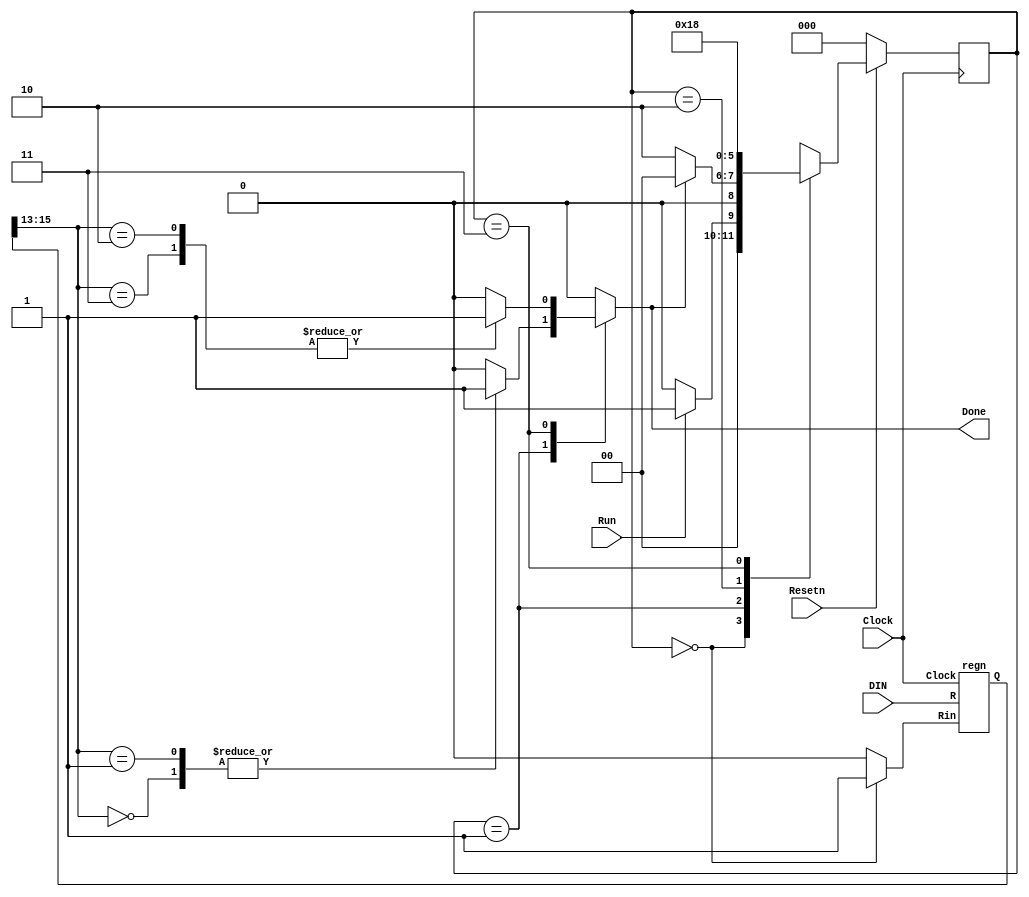
// This code is mostly complete. You need to just fill in the lines where it says 
// "... your code goes here"
module proc(DIN, Resetn, Clock, Run, Done);
    input [15:0] DIN;
    input Resetn, Clock, Run;
    output Done;

    reg [15:0] BusWires;
    reg [3:0] Sel; // BusWires selector
    reg [0:7] Rin;
    reg [15:0] Sum;
    reg IRin, Done, Ain, Gin, AddSub;
    reg [2:0] Tstep_Q, Tstep_D;
    wire [2:0] III, rX, rY; // instruction opcode and register operands
    wire [0:7] Xreg;
    wire [15:0] R0, R1, R2, R3, R4, R5, R6, R7, A;
    wire [15:0] G;
    wire [15:0] IR;
    wire IMM;
    
    assign III = IR[15:13];
    assign IMM = IR[12];
    assign rX = IR[11:9];
    assign rY = IR[2:0];
    dec3to8 decX (rX, Xreg);

    parameter T0 = 3'b000, T1 = 3'b001, T2 = 3'b010, T3 = 3'b011;

    // Control FSM state table
    always @(Tstep_Q, Run, Done)
        case (Tstep_Q)
            T0: // data is loaded into IR in this time step
                if (~Run) Tstep_D = T0;
                else Tstep_D = T1;
            T1: // some instructions end after this time step
                if (Done) Tstep_D = T0;
                else Tstep_D = T2;
            T2: // always go to T3 after this
                Tstep_D = T3;
            T3: // instructions end after this time step
                Tstep_D = T0;
            default: Tstep_D = 3'bxxx;
        endcase

    /* OPCODE format: III M XXX DDDDDDDDD, where 
    *     III = instruction, M = Immediate, XXX = rX. 
    *     If M = 0, DDDDDDDDD = 000000YYY = rY
    *     If M = 1, DDDDDDDDD = #D is the immediate operand 
    *
    *  III M  Instruction   Description
    *  --- -  -----------   -----------
    *  000 0: mv   rX,rY    rX <- rY
    *  000 1: mv   rX,#D    rX <- D (0 extended)
    *  001 1: mvt  rX,#D    rX <- D << 8
    *  010 0: add  rX,rY    rX <- rX + rY
    *  010 1: add  rX,#D    rX <- rX + D
    *  011 0: sub  rX,rY    rX <- rX - rY
    *  011 1: sub  rX,#D    rX <- rX - D */
    parameter mv = 3'b000, mvt = 3'b001, add = 3'b010, sub = 3'b011;
    // selectors for the BusWires multiplexer
    parameter Sel_R0 = 4'b0000, Sel_R1 = 4'b0001, Sel_R2 = 4'b0010, Sel_R3 = 4'b0011,
        Sel_R4 = 4'b0100, Sel_R5 = 4'b0101, Sel_R6 = 4'b0110, Sel_R7 = 4'b0111, Sel_G = 4'b1000,
        Sel_D /* immediate data */ = 4'b1001, Sel_D8 /* immediate data << 8 */ = 4'b1010;
    
    // Control FSM outputs
    always @(*) begin
        // default values for control signals
        Done = 1'b0; Ain = 1'b0; Gin = 1'b0; AddSub = 1'b0; IRin = 1'b0; Rin = 8'b0;
        // Sel = 4'bxxxx;
        case (Tstep_Q)
            T0: // store instruction on DIN in IR 
                IRin = 1'b1;
            T1: // define signals in T1
                case (III)
                    mv: begin
                        if (!IMM) Sel = rY;
                        else Sel = Sel_D;
                        Rin = Xreg;
                        Done = 1;
                    end
                    mvt: begin
                        Sel = Sel_D8;
                        Rin = Xreg;
                        Done = 1;
                    end
                    add, sub: begin
                        Sel = rX;
                        Ain = 1;
                        Done = 0;
                    end
                    default: ;
                endcase
            T2: // define signals T2
                case (III)
                    add: begin
                        if (!IMM) Sel = rY;
                        else Sel = Sel_D;
                        AddSub = 0;
                        Gin = 1;
                        Done = 0;
                    end
                    sub: begin
                        if (!IMM) Sel = rY;
                        else Sel = Sel_D;
                        AddSub = 1;
                        Gin = 1;
                        Done = 0;
                    end
                    default: ; 
                endcase
            T3: // define T3
                case (III)
                    add, sub: begin
                        Sel = Sel_G;
                        Rin = Xreg;
                        Done = 1;
                    end
                    default: ;
                endcase
            default: ;
        endcase
    end
   
    // Control FSM flip-flops
    always @(posedge Clock)
        if (!Resetn)
            Tstep_Q <= T0;
        else
            Tstep_Q <= Tstep_D;
   
    regn reg_0 (BusWires, Rin[0], Clock, R0);
    regn reg_1 (BusWires, Rin[1], Clock, R1);
    regn reg_2 (BusWires, Rin[2], Clock, R2);
    regn reg_3 (BusWires, Rin[3], Clock, R3);
    regn reg_4 (BusWires, Rin[4], Clock, R4);
    regn reg_5 (BusWires, Rin[5], Clock, R5);
    regn reg_6 (BusWires, Rin[6], Clock, R6);
    regn reg_7 (BusWires, Rin[7], Clock, R7);

    regn reg_A (BusWires, Ain, Clock, A);
    regn reg_IR (DIN, IRin, Clock, IR);

    // alu
    always @(*)
        if (!AddSub)
            Sum = A + BusWires;
        else
            Sum = A - BusWires;
    regn reg_G (Sum, Gin, Clock, G);

    // define the internal processor bus
    always @(*)
        case (Sel)
            Sel_R0: BusWires = R0;
            Sel_R1: BusWires = R1;
            Sel_R2: BusWires = R2;
            Sel_R3: BusWires = R3;
            Sel_R4: BusWires = R4;
            Sel_R5: BusWires = R5;
            Sel_R6: BusWires = R6;
            Sel_R7: BusWires = R7;
            Sel_G: BusWires = G;
            Sel_D: BusWires = {7'b0000000, IR[8:0]};
            Sel_D8: BusWires = {IR[7:0], 8'b00000000};
            // default: BusWires = 16'bxxxxxxxxxxxxxxxx;
        endcase
endmodule

module dec3to8(W, Y);
    input [2:0] W;
    output [0:7] Y;
    reg [0:7] Y;
   
    always @(*)
        case (W)
            3'b000: Y = 8'b10000000;
            3'b001: Y = 8'b01000000;
            3'b010: Y = 8'b00100000;
            3'b011: Y = 8'b00010000;
            3'b100: Y = 8'b00001000;
            3'b101: Y = 8'b00000100;
            3'b110: Y = 8'b00000010;
            3'b111: Y = 8'b00000001;
        endcase
endmodule

module regn(R, Rin, Clock, Q);
    parameter n = 16;
    input [n-1:0] R;
    input Rin, Clock;
    output [n-1:0] Q;
    reg [n-1:0] Q;

    always @(posedge Clock)
        if (Rin)
            Q <= R;
endmodule